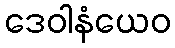
ဒေဝါနံယေဝ